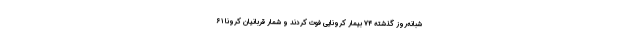
شبانه‌روز گذشته ۷۴ بیمار کرونایی فوت کردند و شمار قربانیان کرونا ۶۱